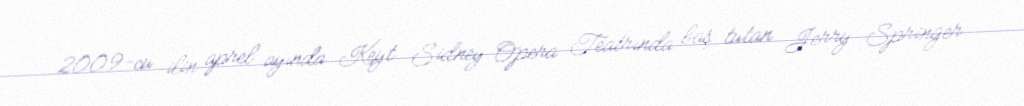
2009-cu ilin aprel ayında Keyt Sidney Opera Teatrında baş tutan Jerry Springer: